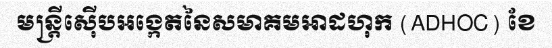
មន្ត្រីស៊ើបអង្កេតនៃសមាគមអាដហុក (ADHOC) ខែ